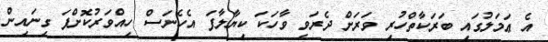
އެ ޢަމަލުގައި ބަރަކާތްހުރި ވަރަށް ދެރަވި ވާހަކަ ކިޔާލާފަ އެހެނަސް ހިއްވަރުކޮށްފަ ގިނައިން